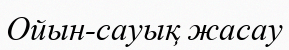
Ойын-сауық жасау